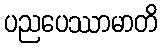
ပညပေဿာမာတိ